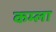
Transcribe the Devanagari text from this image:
कम्ला